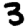
Digit: 3